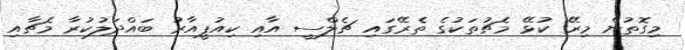
މިގޮތުން މިރޭ ކުޅޭ މެޗުތަކުގެ ތެރޭގައި ޗެލްސީ އާއި ކިއުޕީއާރު ބައްދަލުކުރާ މެޗާއި